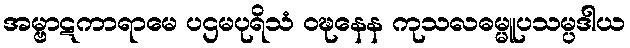
အမ္ဗာဋကာရာမေ ပဌမပုရိသံ ဝဍ္ဎနေန ကုသလဓမ္မူပသမ္ပဒါယ